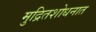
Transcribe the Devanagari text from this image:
मुद्रितशोधनात